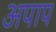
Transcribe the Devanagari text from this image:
अपाप